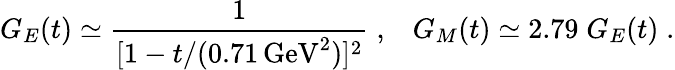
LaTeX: G_{E}(t)\simeq\frac{1}{[1-t/(0.71\, {\mathrm{GeV}}^{2})]^{2}}\; ,\; \; \; G_{M}(t)\simeq 2.79\; G_{E}(t)\; .